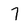
Character: 7